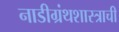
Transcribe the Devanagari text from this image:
नाडीग्रंथशास्त्राची